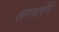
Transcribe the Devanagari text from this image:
लगवाएँगे